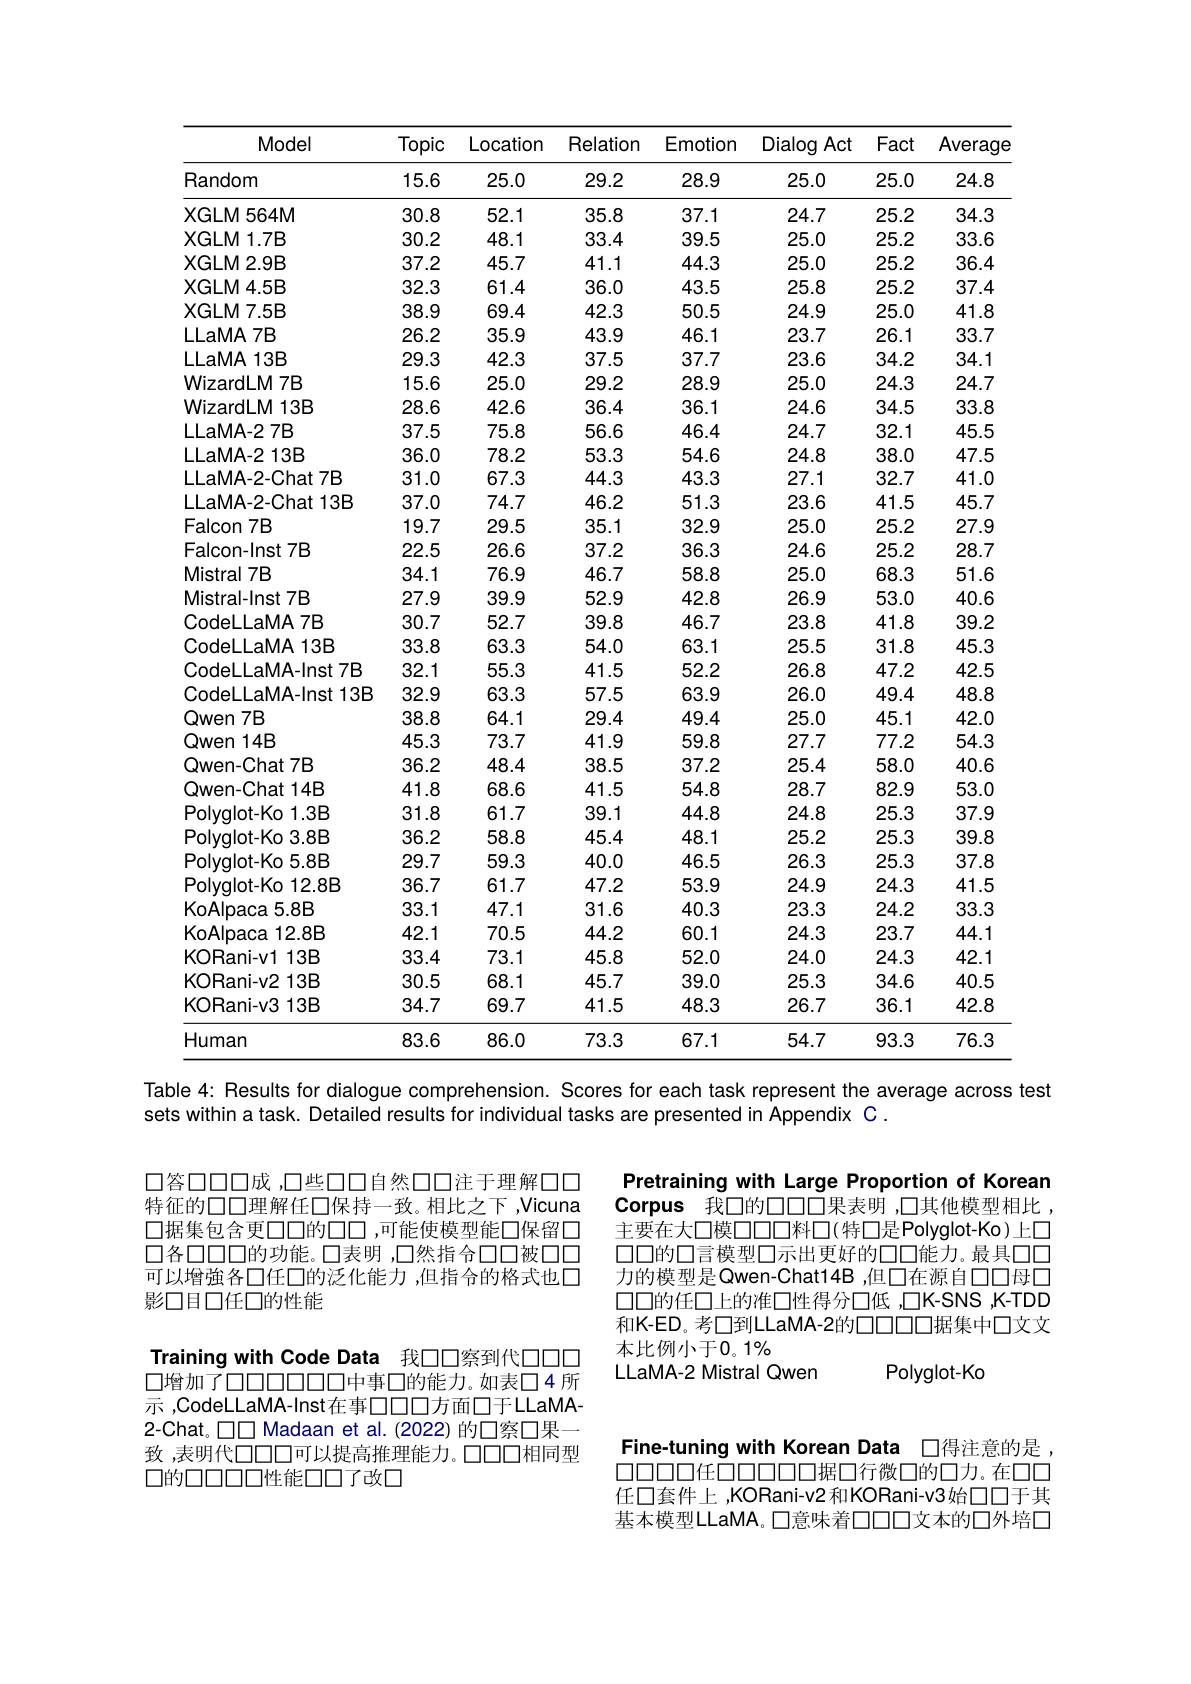
<table>
	<tbody>
		<tr>
			<th>Model</th>
			<th>Topic</th>
			<th>Location</th>
			<th>Relation</th>
			<th>Emotion</th>
			<th>Dialog Act</th>
			<th>Fact</th>
			<th>Average</th>
		</tr>
		<tr>
			<td>Random</td>
			<td>15.6</td>
			<td>25.0</td>
			<td>29.2</td>
			<td>28.9</td>
			<td>25.0</td>
			<td>25.0</td>
			<td>24.8</td>
		</tr>
		<tr>
			<td>XGLM $564M$</td>
			<td>30.8</td>
			<td>52.1</td>
			<td>35.8</td>
			<td>37.1</td>
			<td>24.7</td>
			<td>25.2</td>
			<td>34.3</td>
		</tr>
		<tr>
			<td>XGLM1.7B</td>
			<td>30.2</td>
			<td>48.1</td>
			<td>33.4</td>
			<td>39.5</td>
			<td>25.0</td>
			<td>25.2</td>
			<td>33.6</td>
		</tr>
		<tr>
			<td>XGLM2.9B</td>
			<td>37.2</td>
			<td>45.7</td>
			<td>41.1</td>
			<td>44.3</td>
			<td>25.0</td>
			<td>25.2</td>
			<td>36.4</td>
		</tr>
		<tr>
			<td>XGLM4.5B</td>
			<td>32.3</td>
			<td>61.4</td>
			<td>36.0</td>
			<td>43.5</td>
			<td>25.8</td>
			<td>25.2</td>
			<td>37.4</td>
		</tr>
		<tr>
			<td>XGLM7.5B</td>
			<td>38.9</td>
			<td>69.4</td>
			<td>42.3</td>
			<td>50.5</td>
			<td>24.9</td>
			<td>25.0</td>
			<td>41.8</td>
		</tr>
		<tr>
			<td>LLaMA 7B</td>
			<td>26.2</td>
			<td>35.9</td>
			<td>43.9</td>
			<td>46.1</td>
			<td>23.7</td>
			<td>26.1</td>
			<td>33.7</td>
		</tr>
		<tr>
			<td>LLaMA 13B</td>
			<td>29.3</td>
			<td>42.3</td>
			<td>37.5</td>
			<td>37.7</td>
			<td>23.6</td>
			<td>34.2</td>
			<td>34.1</td>
		</tr>
		<tr>
			<td>WizardLM 7B</td>
			<td>15.6</td>
			<td>25.0</td>
			<td>29.2</td>
			<td>28.9</td>
			<td>25.0</td>
			<td>24.3</td>
			<td>24.7</td>
		</tr>
		<tr>
			<td>WizardLM $113B$</td>
			<td>28.6</td>
			<td>42.6</td>
			<td>36.4</td>
			<td>36.1</td>
			<td>24.6</td>
			<td>34.5</td>
			<td>33.8</td>
		</tr>
		<tr>
			<td>$LLaMA-27B$</td>
			<td>37.5</td>
			<td>75.8</td>
			<td>56.6</td>
			<td>46.4</td>
			<td>24.7</td>
			<td>32.1</td>
			<td>45.5</td>
		</tr>
		<tr>
			<td>$LLaMA-213B$</td>
			<td>36.0</td>
			<td>78.2</td>
			<td>53.3</td>
			<td>54.6</td>
			<td>24.8</td>
			<td>38.0</td>
			<td>47.5</td>
		</tr>
		<tr>
			<td>LLaMA-2-Chat7B</td>
			<td>31.0</td>
			<td>67.3</td>
			<td>44.3</td>
			<td>43.3</td>
			<td>27.1</td>
			<td>32.7</td>
			<td>41.0</td>
		</tr>
		<tr>
			<td>LLaMA-2-Chat 13B</td>
			<td>37.0</td>
			<td>74.7</td>
			<td>46.2</td>
			<td>51.3</td>
			<td>23.6</td>
			<td>41.5</td>
			<td>45.7</td>
		</tr>
		<tr>
			<td>Falcon $17B$</td>
			<td>19.7</td>
			<td>29.5</td>
			<td>35.1</td>
			<td>32.9</td>
			<td>25.0</td>
			<td>25.2</td>
			<td>27.9</td>
		</tr>
		<tr>
			<td>Falcon-Inst 7B</td>
			<td>22.5</td>
			<td>26.6</td>
			<td>37.2</td>
			<td>36.3</td>
			<td>24.6</td>
			<td>25.2</td>
			<td>28.7</td>
		</tr>
		<tr>
			<td>Mistral 7B</td>
			<td>34.1</td>
			<td>76.9</td>
			<td>46.7</td>
			<td>58.8</td>
			<td>25.0</td>
			<td>68.3</td>
			<td>51.6</td>
		</tr>
		<tr>
			<td>VIISITal /B</td>
			<td>34.1</td>
			<td>$/\mathbf{b}.\mathbf{y}$</td>
			<td>40.1</td>
			<td>${\mathcal{O}}{\mathcal{O}}.{\mathcal{O}}$</td>
			<td>$\angle0.0$</td>
			<td>$\mathbf{b}\mathbf{8}.\mathbf{3}$</td>
			<td>${\mathbf{0}}|.{\mathbf{b}}$</td>
		</tr>
		<tr>
			<td>Mistral-Inst 7B</td>
			<td>27.9</td>
			<td>39.9</td>
			<td>52.9</td>
			<td>42.8</td>
			<td>26.9</td>
			<td>53.0</td>
			<td>40.6</td>
		</tr>
		<tr>
			<td>ISUTal-111SU</td>
			<td>$\angle I.9$</td>
			<td>39.9</td>
			<td>$\mathcal{O}L.\mathcal{Y}$</td>
			<td>$4\angle.8$</td>
			<td>$\angle\mathbf{b}.9$</td>
			<td>0.0.0</td>
			<td>40.6</td>
		</tr>
		<tr>
			<td>CodeLLaMA7B</td>
			<td>30.7</td>
			<td>52.7</td>
			<td>39.8</td>
			<td>46.7</td>
			<td>23.8</td>
			<td>41.8</td>
			<td>39.2</td>
		</tr>
		<tr>
			<td>LLdIVIA</td>
			<td>$\mathcal{OU}.f$</td>
			<td>$0\angle.1$</td>
			<td>0.0.0</td>
			<td>40.1</td>
			<td>$\angle0.0$</td>
			<td>41.0</td>
			<td>$0.5.\angle$</td>
		</tr>
		<tr>
			<td>CodeLLaMA 13B</td>
			<td>33.8</td>
			<td>63.3</td>
			<td>54.0</td>
			<td>63.1</td>
			<td>25.5</td>
			<td>31.8</td>
			<td>45.3</td>
		</tr>
		<tr>
			<td>IWI T 1</td>
			<td>3.5.8</td>
			<td>$\mathbf{b}.3.3$</td>
			<td>04.0</td>
			<td>$\mathbf{b}.\mathbf{b}.\mathbf{l}$</td>
			<td>$\angle0.5$</td>
			<td>3|.8</td>
			<td>40.3</td>
		</tr>
		<tr>
			<td>CodeLLaMA-Inst 7B</td>
			<td>32.1</td>
			<td>55.3</td>
			<td>41.5</td>
			<td>52.2</td>
			<td>26.8</td>
			<td>47.2</td>
			<td>42.5</td>
		</tr>
		<tr>
			<td>dIVIH -1115</td>
			<td>$3\angle.$</td>
			<td>0.0.3</td>
			<td>41.0</td>
			<td>$\mathcal{O}L.L$</td>
			<td>$\angle\mathbf{b}.8$</td>
			<td>$4/.\angle$</td>
			<td>4.2.5</td>
		</tr>
		<tr>
			<td>CodeLLaMA-Inst 13B</td>
			<td>32.9</td>
			<td>63.3</td>
			<td>57.5</td>
			<td>63.9</td>
			<td>26.0</td>
			<td>49.4</td>
			<td>48.8</td>
		</tr>
		<tr>
			<td>OueLLaWA-IISI I SB 7r</td>
			<td>$3\angle.9$</td>
			<td>$\mathbf{b}.\mathbf{b}.\mathbf{b}$</td>
			<td>${\mathcal{O}}/.{\mathcal{O}}$</td>
			<td>$\mathbf{b}.\mathbf{b}.\mathbf{y}$</td>
			<td>$\angle\mathbf{b}.\mathbf{U}$</td>
			<td>49.4</td>
			<td>48.8</td>
		</tr>
		<tr>
			<td>Qwen $17B$</td>
			<td>38.8</td>
			<td>64.1</td>
			<td>29.4</td>
			<td>49.4</td>
			<td>25.0</td>
			<td>45.1</td>
			<td>42.0</td>
		</tr>
		<tr>
			<td>Qwen 14B</td>
			<td>45.3</td>
			<td>73.7</td>
			<td>41.9</td>
			<td>59.8</td>
			<td>27.7</td>
			<td>77.2</td>
			<td>54.3</td>
		</tr>
		<tr>
			<td>Qwen-Chat 7B</td>
			<td>36.2</td>
			<td>48.4</td>
			<td>38.5</td>
			<td>37.2</td>
			<td>25.4</td>
			<td>58.0</td>
			<td>40.6</td>
		</tr>
		<tr>
			<td>Qwen-Chat 14B</td>
			<td>41.8</td>
			<td>68.6</td>
			<td>41.5</td>
			<td>54.8</td>
			<td>28.7</td>
			<td>82.9</td>
			<td>53.0</td>
		</tr>
		<tr>
			<td>Polyglot-Ko 1.3B</td>
			<td>31.8</td>
			<td>61.7</td>
			<td>39.1</td>
			<td>44.8</td>
			<td>24.8</td>
			<td>25.3</td>
			<td>37.9</td>
		</tr>
		<tr>
			<td>Polyqlot-Ko 3.8B</td>
			<td>36.2</td>
			<td>58.8</td>
			<td>45.4</td>
			<td>48.1</td>
			<td>25.2</td>
			<td>25.3</td>
			<td>39.8</td>
		</tr>
		<tr>
			<td>Polyqlot-Ko 5.8B</td>
			<td>29.7</td>
			<td>59.3</td>
			<td>40.0</td>
			<td>46.5</td>
			<td>26.3</td>
			<td>25.3</td>
			<td>37.8</td>
		</tr>
		<tr>
			<td>Polyqlot-Ko 12.8B</td>
			<td>36.7</td>
			<td>61.7</td>
			<td>47.2</td>
			<td>53.9</td>
			<td>24.9</td>
			<td>24.3</td>
			<td>41.5</td>
		</tr>
		<tr>
			<td>KoAlpaca 5.8B</td>
			<td>33.1</td>
			<td>47.1</td>
			<td>31.6</td>
			<td>40.3</td>
			<td>23.3</td>
			<td>24.2</td>
			<td>33.3</td>
		</tr>
		<tr>
			<td>KoAlpaca a 12.8B</td>
			<td>42.1</td>
			<td>70.5</td>
			<td>44.2</td>
			<td>60.1</td>
			<td>24.3</td>
			<td>23.7</td>
			<td>44.1</td>
		</tr>
		<tr>
			<td>KORani-v1 13B</td>
			<td>33.4</td>
			<td>73.1</td>
			<td>45.8</td>
			<td>52.0</td>
			<td>24.0</td>
			<td>24.3</td>
			<td>42.1</td>
		</tr>
		<tr>
			<td>KORani-v2 13B</td>
			<td>30.5</td>
			<td>68.1</td>
			<td>45.7</td>
			<td>39.0</td>
			<td>25.3</td>
			<td>34.6</td>
			<td>40.5</td>
		</tr>
		<tr>
			<td>KORani-v3 13B</td>
			<td>34.7</td>
			<td>69.7</td>
			<td>41.5</td>
			<td>48.3</td>
			<td>26.7</td>
			<td>36.1</td>
			<td>42.8</td>
		</tr>
		<tr>
			<td>Human</td>
			<td>83.6</td>
			<td>86.0</td>
			<td>73.3</td>
			<td>67.1</td>
			<td>54.7</td>
			<td>93.3</td>
			<td>76.3</td>
		</tr>
	</tbody>
</table>

Table 4: Results for dialogue comprehension. Scores for each task represent the average across test

sets within a task. Detailed results for individual tasks are presented in Appendix C .

口答口口口成 ,口些口口自然口口注于理解口口特征的口口理解任口保持一致。相比之下，Vicuna 口据集包含更口口的口口，可能使模型能口保留口口各口口口口的功能。口表明 ,口然指合口口被口口可以增強各口任口的泛化能力，但指合的格式也口影口目口任口的性能

Training with Code Data 我口口察到代口口口口增加了口口口口口口口口中事口的能力。如表口4 所示 ,CodeLLaMA-Inst在事口口口方面口于LLaMA- 2-Chat。口口 Madaan et al. (2022) 的口察口果— 致，表明代口口口可以提高推理能力。口口口相同型口的口口口口口性能口口了改口

Pretraining with Large Proportion of Korean Corpus 我口的口口口果表明 ,口其他模型相比 , 主要在大口模口口口料口(特口是Polyglot-Ko)上口口口的口言模型口示出更好的口口能力。最具口口力的模型是Qwen-Chat14B,但口在源自口口母口口口的任口上的准口性得分口低 ,口K-SNS ,K-TDD 和K-ED。考□到LLaMA-2的口口口口据集中口文文本比例小于0。1%
LLaMA-2 Mistral Qwen
Polyglot-Ko

Fine-tuning with Korean Data 口得注意的是 , 00000年0000000据口行微口的口力。在口口

任口套件上，KORani-v2和KORani-v3始口口于其基本模型LLaMA。口意味着口口口文本的口外培口